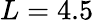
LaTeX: L=4.5